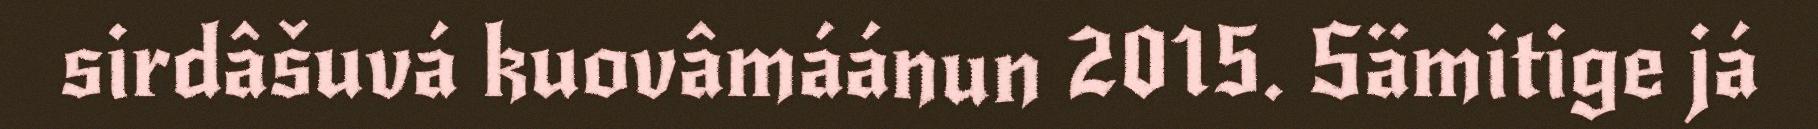
sirdâšuvá kuovâmáánun 2015. Sämitige já